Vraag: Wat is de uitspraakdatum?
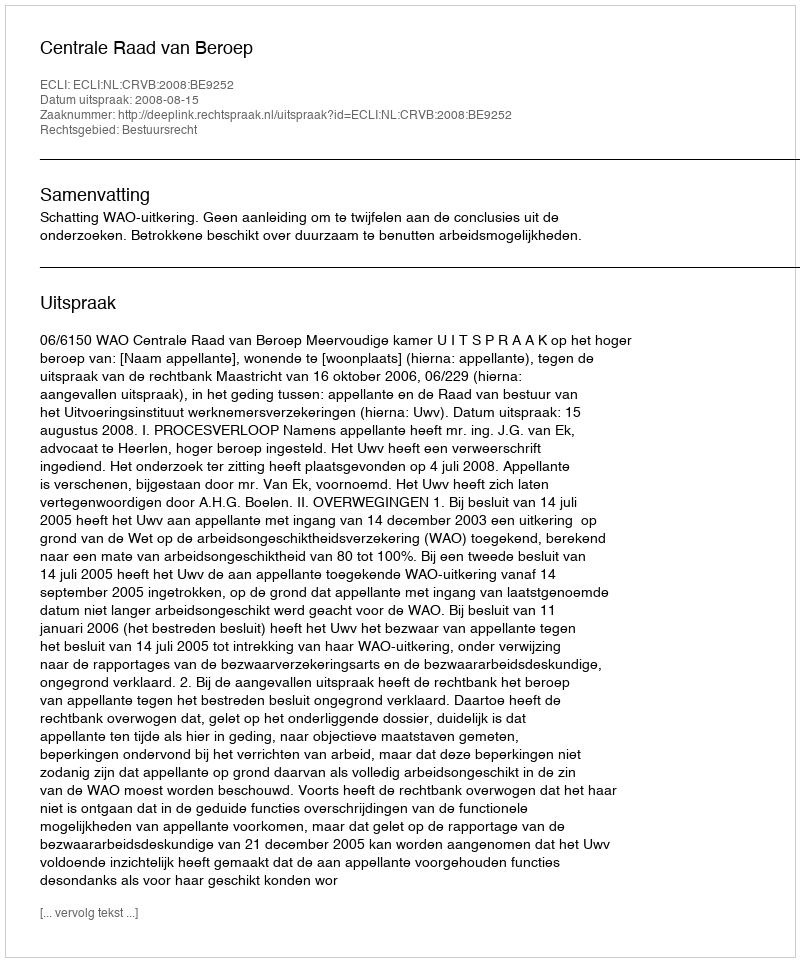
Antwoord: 2008-08-15